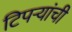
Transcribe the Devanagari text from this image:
टिपऱ्यांची